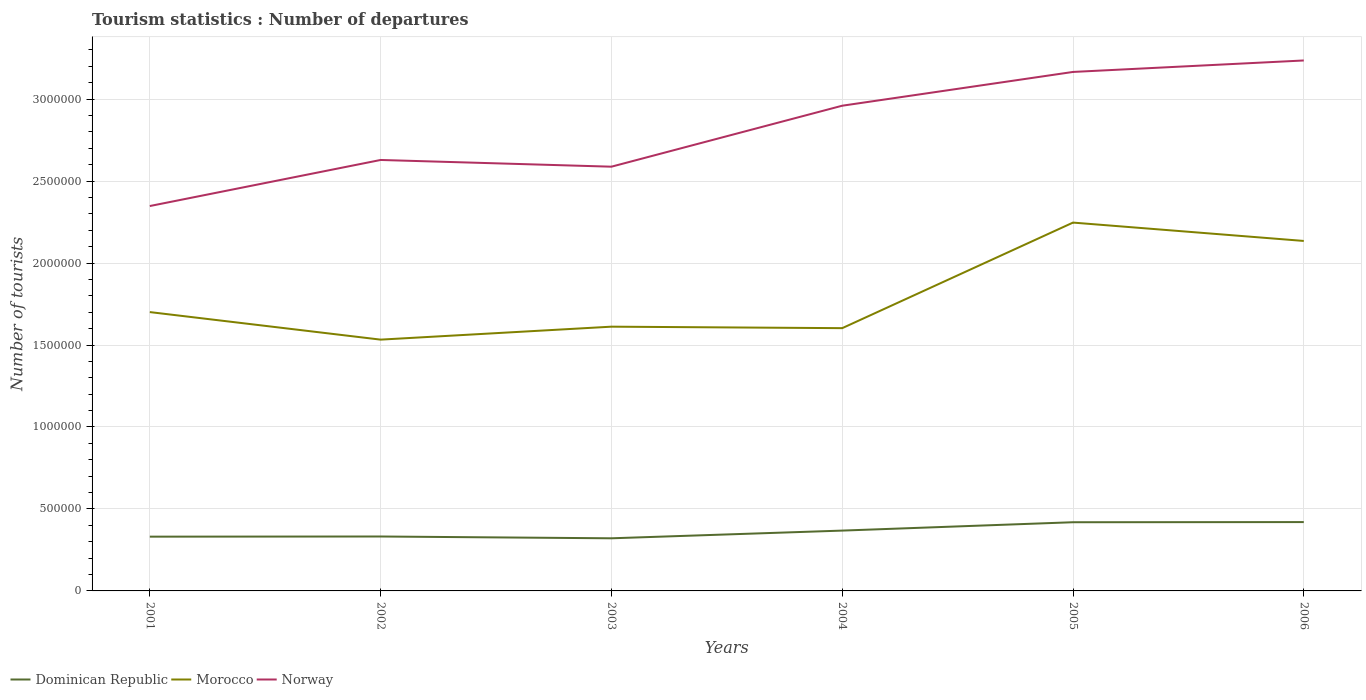
| Years | Dominican Republic | Morocco | Norway |
 | --- | --- | --- | --- |
 | 2001 | 3.31e+05 | 1.7e+06 | 2.35e+06 |
 | 2002 | 3.32e+05 | 1.53e+06 | 2.63e+06 |
 | 2003 | 3.21e+05 | 1.61e+06 | 2.59e+06 |
 | 2004 | 3.68e+05 | 1.6e+06 | 2.96e+06 |
 | 2005 | 4.19e+05 | 2.25e+06 | 3.17e+06 |
 | 2006 | 4.2e+05 | 2.14e+06 | 3.24e+06 |